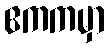
ဧကကမှာ